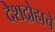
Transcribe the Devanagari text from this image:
देशद्रोहाचे